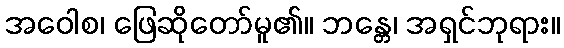
အဝေါစ၊ ဖြေဆိုတော်မူ၏။ ဘန္တေ၊ အရှင်ဘုရား။